Source: Handwritten
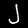
Digit: ၂ (2)